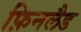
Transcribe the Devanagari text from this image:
फ़िनलैड